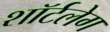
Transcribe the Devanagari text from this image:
शॉर्टलेग